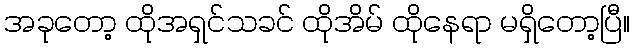
အခုတော့ ထိုအရှင်သခင် ထိုအိမ် ထိုနေရာ မရှိတော့ပြီ။